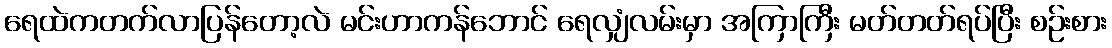
ရေထဲကတက်လာပြန်တော့လဲ မင်းဟာကန်ဘောင် ရေလျှံလမ်းမှာ အကြာကြီး မတ်တတ်ရပ်ပြီး စဉ်းစား